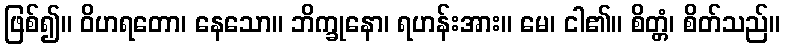
ဖြစ်၍။ ဝိဟရတော၊ နေသော။ ဘိက္ခုနော၊ ရဟန်းအား။ မေ၊ ငါ၏။ စိတ္တံ၊ စိတ်သည်။